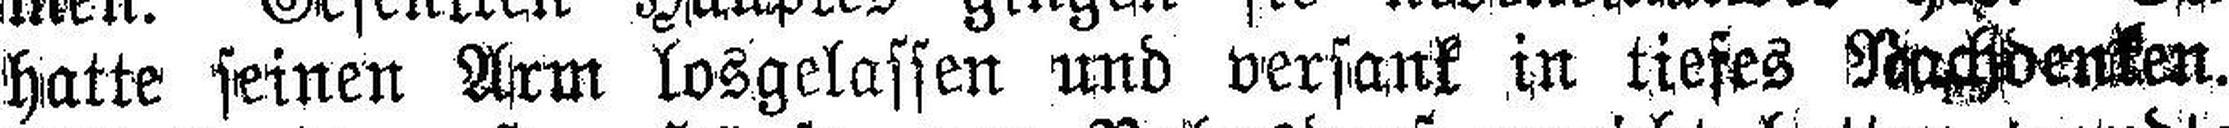
hatte seinen Arm losgelassen und versank in tiefes Nachdenken.